Problem: 7 × 9 = ?
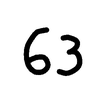
Handwritten answer: 63